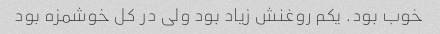
خوب بود. یکم روغنش زیاد بود ولی در کل خوشمزه بود